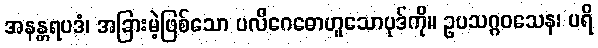
အနန္တရပဒံ၊ အခြားမဲ့ဖြစ်သော ပလိဂေဓောဟူသောပုဒ်ကို။ ဥပသဂ္ဂဝသေန၊ ပရိ